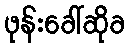
ဖုန်းခေါ်ဆိုခ